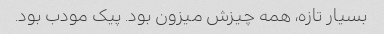
بسیار تازه، همه چیزش میزون بود. پیک مودب بود.